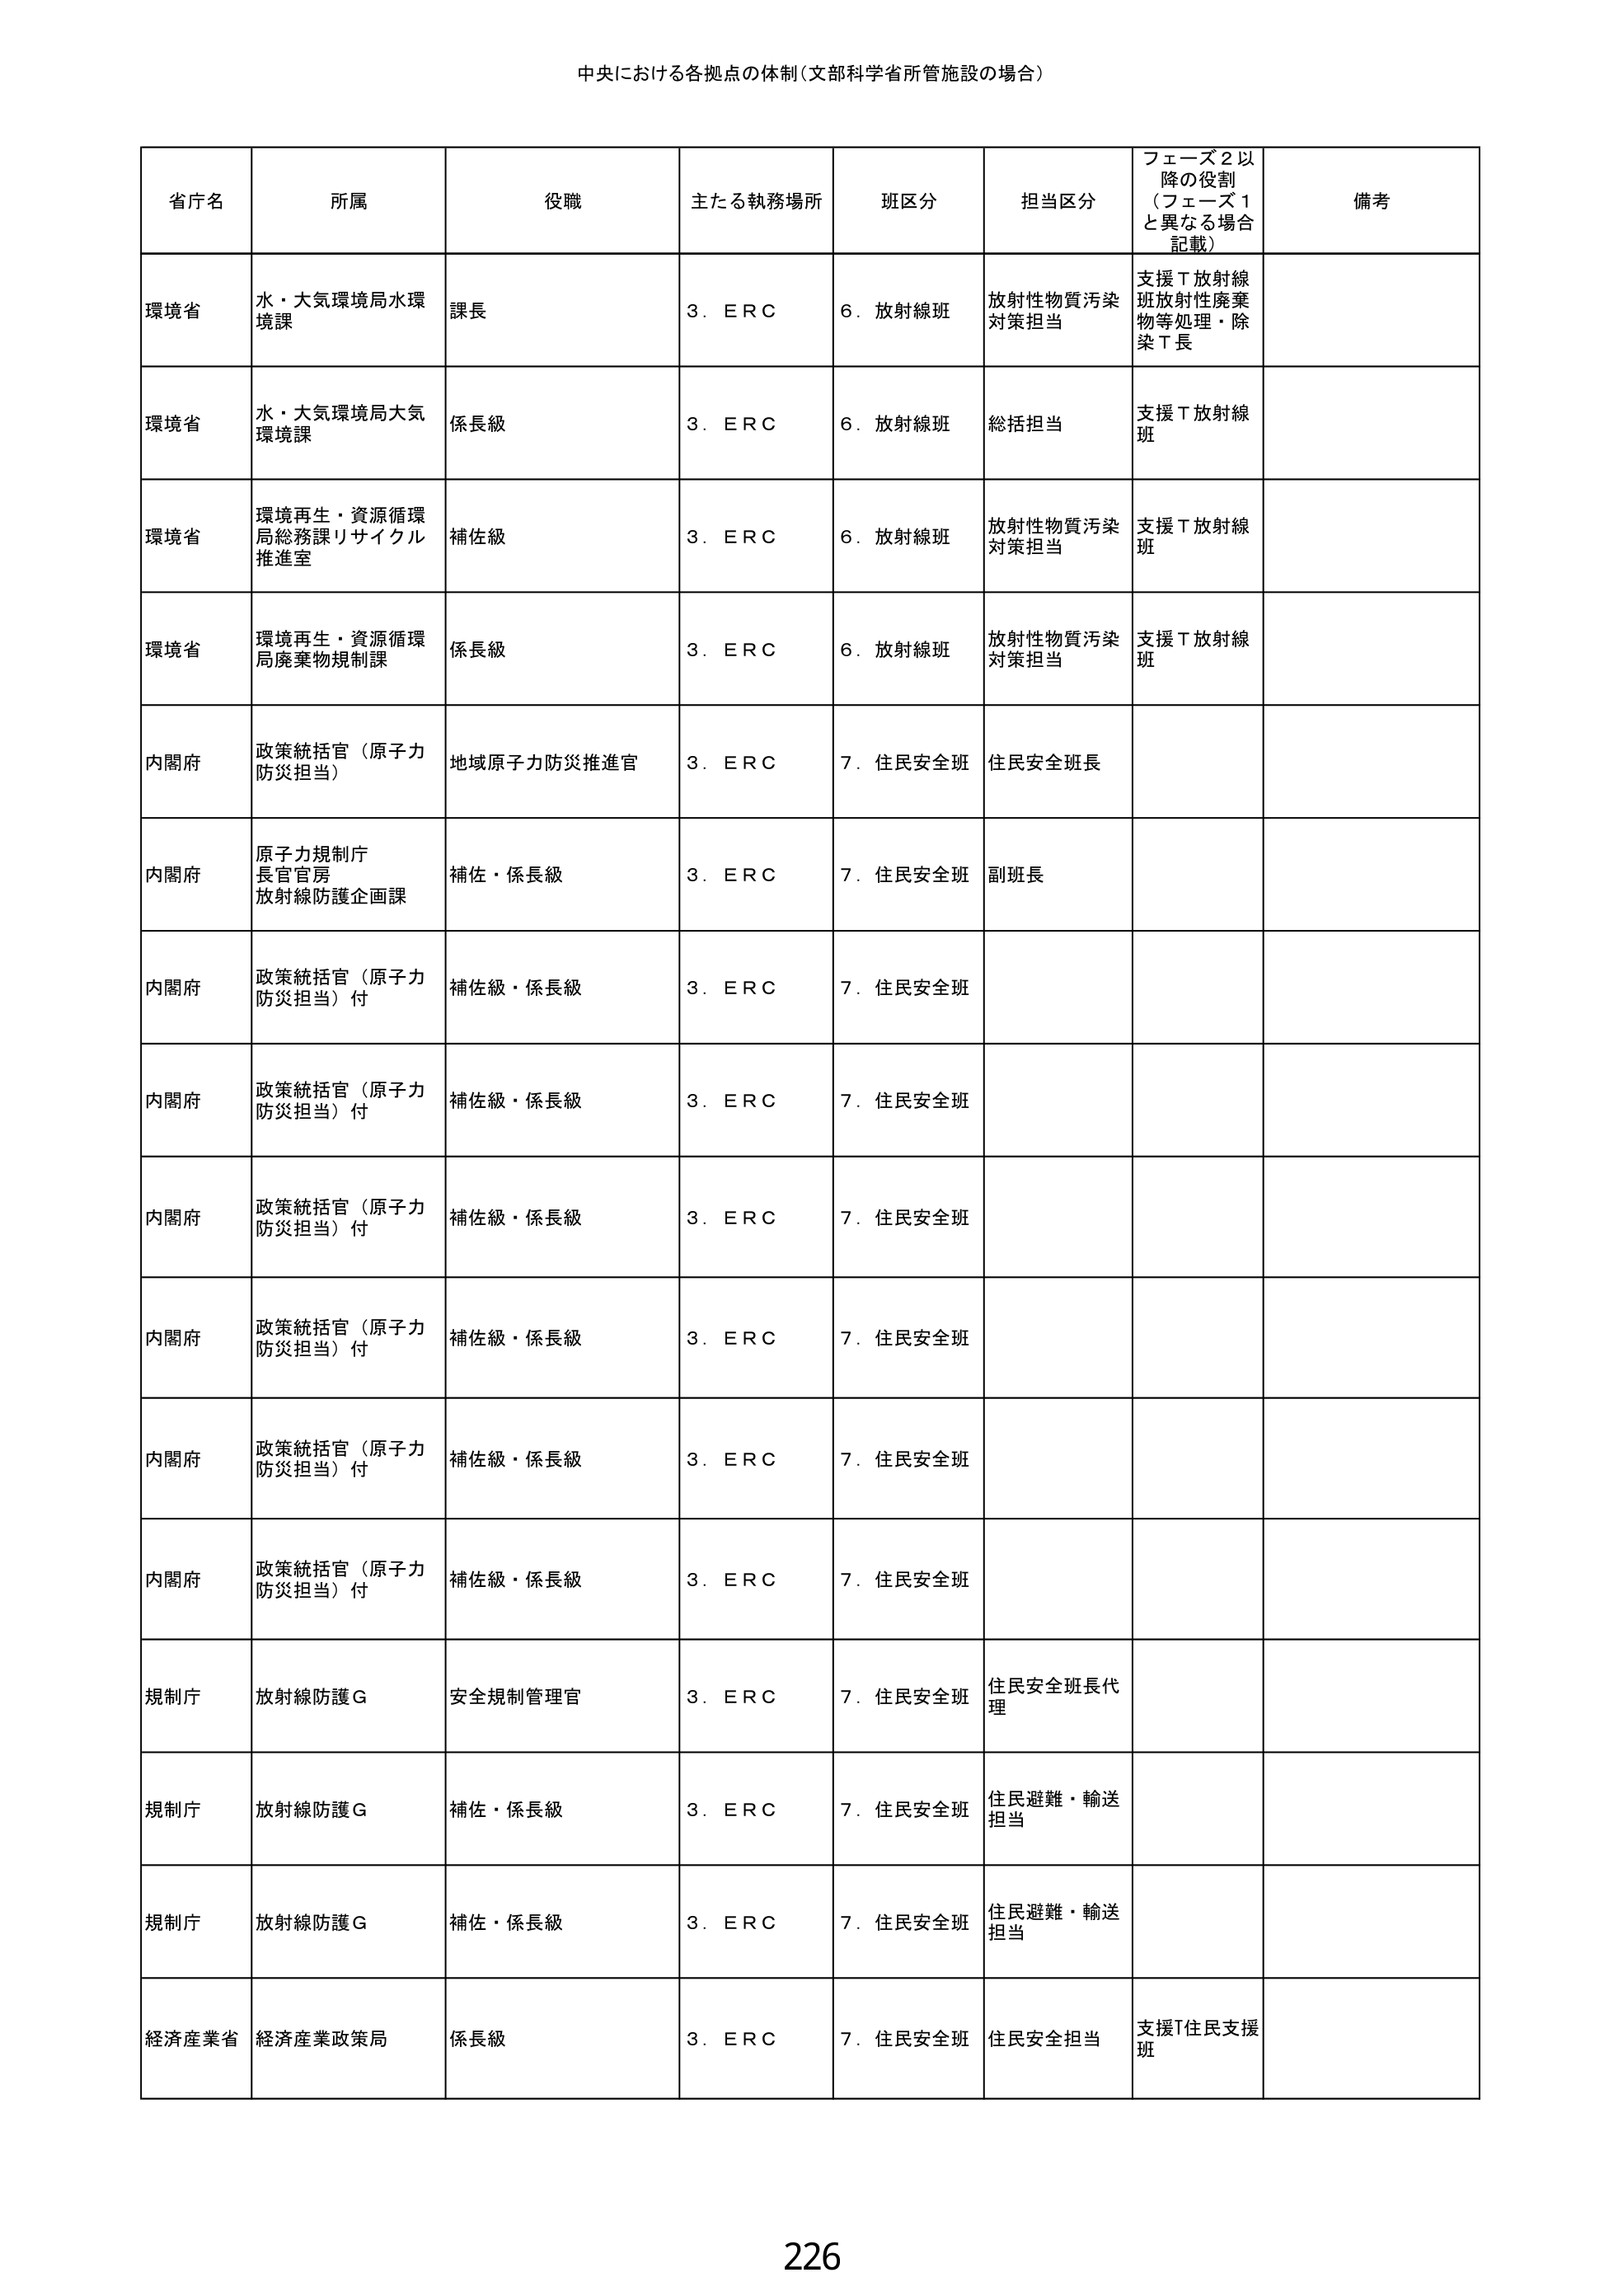
中央における各拠点の体制（文部科学省所管施設の場合）

省庁名	所属	役職	主たる執務場所	班区分	担当区分	フェーズ2以降の役割（フェーズ1と異なる場合記載）	備考
環境省	水・大気環境局水環境課	課長	3．ＥＲＣ	6．放射線班	放射性物質汚染対策担当	支援Ｔ放射線班放射性廃棄物等処理・除染Ｔ長
環境省	水・大気環境局大気環境課	係長級	3．ＥＲＣ	6．放射線班	総括担当	支援Ｔ放射線班
環境省	環境再生・資源循環局総務課リサイクル推進室	補佐級	3．ＥＲＣ	6．放射線班	放射性物質汚染対策担当	支援Ｔ放射線班
環境省	環境再生・資源循環局廃棄物規制課	係長級	3．ＥＲＣ	6．放射線班	放射性物質汚染対策担当	支援Ｔ放射線班
内閣府	政策統括官（原子力防災担当）	地域原子力防災推進官	3．ＥＲＣ	7．住民安全班	住民安全班長
内閣府	原子力規制庁長官官房放射線防護企画課	補佐・係長級	3．ＥＲＣ	7．住民安全班	副班長
内閣府	政策統括官（原子力防災担当）付	補佐級・係長級	3．ＥＲＣ	7．住民安全班
内閣府	政策統括官（原子力防災担当）付	補佐級・係長級	3．ＥＲＣ	7．住民安全班
内閣府	政策統括官（原子力防災担当）付	補佐級・係長級	3．ＥＲＣ	7．住民安全班
内閣府	政策統括官（原子力防災担当）付	補佐級・係長級	3．ＥＲＣ	7．住民安全班
内閣府	政策統括官（原子力防災担当）付	補佐級・係長級	3．ＥＲＣ	7．住民安全班
内閣府	政策統括官（原子力防災担当）付	補佐級・係長級	3．ＥＲＣ	7．住民安全班
規制庁	放射線防護Ｇ	安全規制管理官	3．ＥＲＣ	7．住民安全班	住民安全班長代理
規制庁	放射線防護Ｇ	補佐・係長級	3．ＥＲＣ	7．住民安全班	住民避難・輸送担当
規制庁	放射線防護Ｇ	補佐・係長級	3．ＥＲＣ	7．住民安全班	住民避難・輸送担当
経済産業省	経済産業政策局	係長級	3．ＥＲＣ	7．住民安全班	住民安全担当	支援Ｔ住民支援班

226